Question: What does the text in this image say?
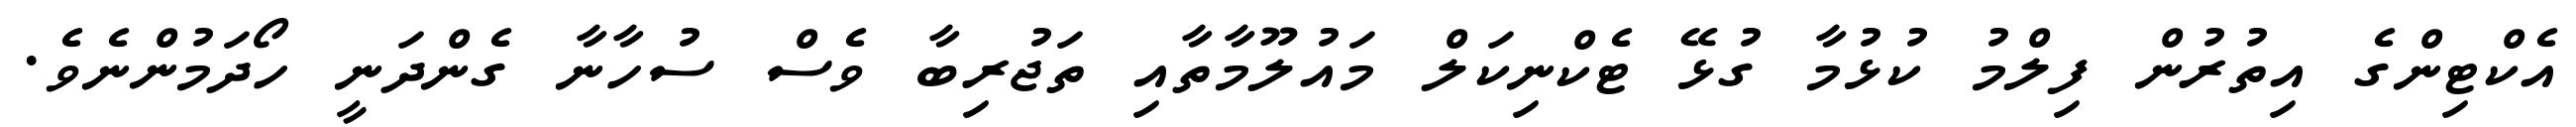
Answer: އެކްޓިންގެ އިތުރުން ފިލްމު ކުޅުމާ ގުޅޭ ޓެކްނިކަލް މައުލޫމާތާއި ތަޖުރިބާ ވެސް ސުހާނާ ގެންދަނީ ހޯދަމުންނެވެ.